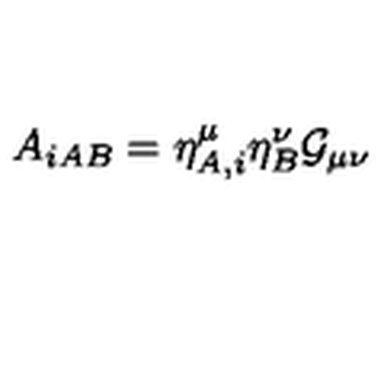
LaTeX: A _ { i A B } = \eta _ { A , i } ^ { \mu } \eta _ { B } ^ { \nu } { \cal G } _ { \mu \nu }